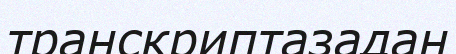
транскриптазадан